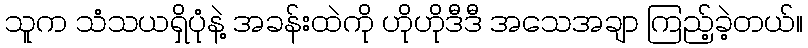
သူက သံသယရှိပုံနဲ့ အခန်းထဲကို ဟိုဟိုဒီဒီ အသေအချာ ကြည့်ခဲ့တယ်။